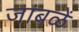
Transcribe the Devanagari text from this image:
जांबळें